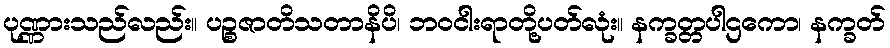
ပုဏ္ဏားသည်လည်း။ ပဉ္စဇာတိသတာနိပိ၊ ဘဝငါးရာတို့ပတ်လုံး။ နက္ခတ္တပါဌကော၊ နက္ခတ်